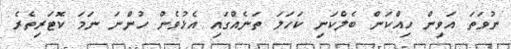
ނުވަތަ އަވިން ހިއްކަން ބެލްކަނި ކަހަލަ ތަނެއްގައި އެޅުވެން ހުންނަ ނަމަ ކޮޓަރިތެރެ